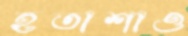
হতাশাও